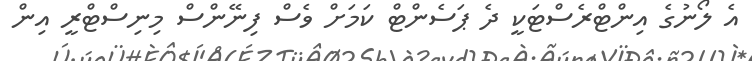
އެ ލޯނުގެ އިންޓްރެސްޓަކީ ދެ ޕަސެންޓް ކަމަށް ވެސް ފިނޭންސް މިނިސްޓްރީ އިން